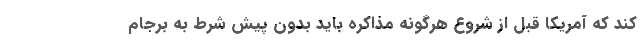
کند که آمریکا قبل از شروع هرگونه مذاکره باید بدون پیش شرط به برجام